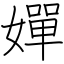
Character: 嬋